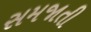
સમજાતી